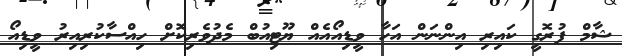
ޝާމް ފުރޮގީ ކައިރި އިންނަން އަހާ ވީޑިއޯއެއް ޔޫޓިއުބް މެދުވެރިކޮށް ހިއްސާކުރިއިރު ވީޑިއޯ